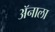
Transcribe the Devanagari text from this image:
ॲनाला